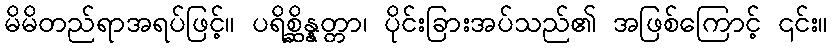
မိမိတည်ရာအရပ်ဖြင့်။ ပရိစ္ဆိန္နတ္တာ၊ ပိုင်းခြားအပ်သည်၏ အဖြစ်ကြောင့် ၎င်း။